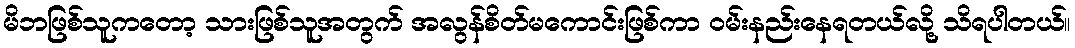
မိဘဖြစ်သူကတော့ သားဖြစ်သူအတွက် အလွန်စိတ်မကောင်းဖြစ်ကာ ဝမ်းနည်းနေရတယ်လို့ သိရပါတယ်။